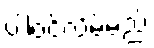
ပါဝင်လိမ့်မည်